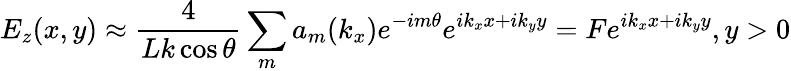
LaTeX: E_{z}(x,y)\approx\frac{4}{Lk\cos\theta}\sum_{m}a_{m}(k_{x})e^{-im\theta}e^{ik_{x}x+ik_{y}y}=Fe^{ik_{x}x+ik_{y}y},y>0